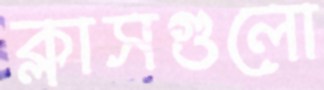
ক্লাসগুলো